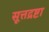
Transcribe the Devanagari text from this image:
सूत्तद्रष्टा